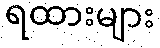
ရထားများ